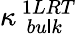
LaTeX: \kappa_{\, \, bu\mathsf{l}k}^{\, 1LRT}